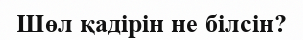
Шөл қадірін не білсін?